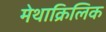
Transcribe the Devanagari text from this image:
मेथाक्रिलिक